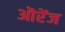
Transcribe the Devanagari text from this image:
ऒरेंज